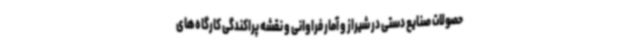
حصولات صنایع دستی در شیراز و آمار فراوانی و نقشه پراکندگی کارگاه‌های